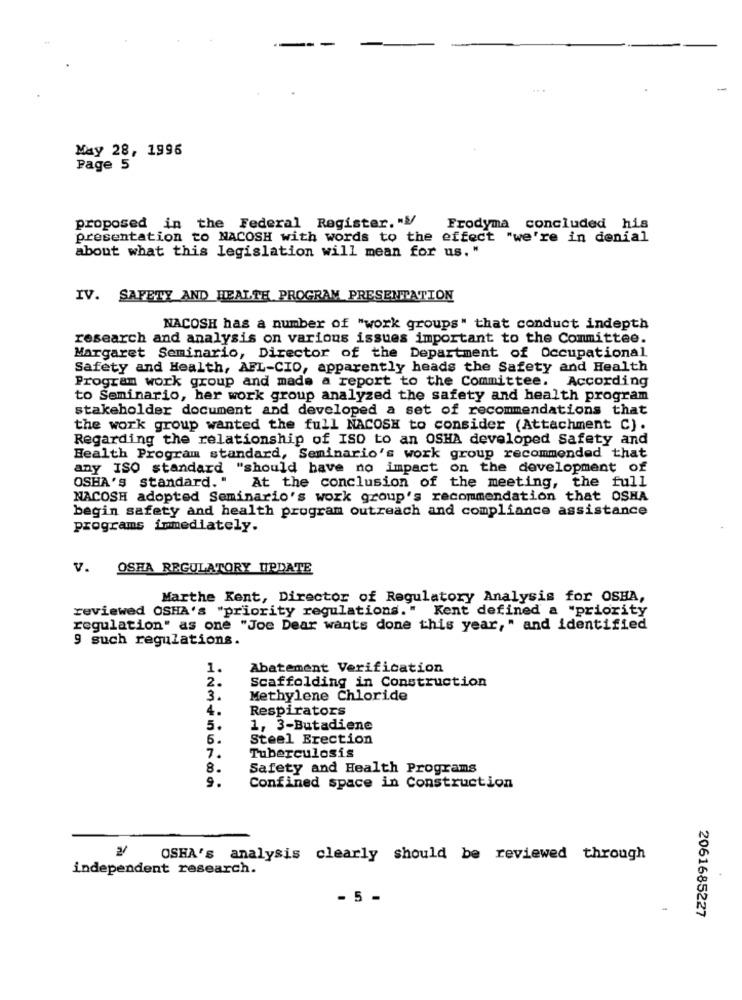
May 28, 1996
Page 5
proposed in the Federal Register. . V/
Frodyma concluded his
presentation to MACOSH with words to the effect "we're in denial
about what this legislation will mean for us. "
IV. SAFETY AND HEALTH PROGRAM PRESENTATION
NACOSH has a number of "work groups" that conduct indepth
research and analysis on various issues important to the Committee.
Margaret Seminario, Director of the Department of Occupational
Safety and Health, AFL-CIO, apparently heads the Safety and Health
Program work group and made a report to the Committee. According
to Seminario, her work group analyzed the safety and health program
stakeholder document and developed a set of recommendations that
the work group wanted the full NACOSH to consider (Attachment C).
Regarding the relationship of ISO to an OSHA developed Safety and
Health Program standard, Seminario's work group recommended that
any ISO standard "should have no impact on the development of
OSHA'S Standard. "
At the conclusion of the meeting, the full
NACOSH adopted Seminario's work group's recommendation that OSHA
begin safety and health program outreach and compliance assistance
programs immediately.
V. OSHA REGULATORY UPDATE
Marthe Kent, Director of Regulatory Analysis for OSHA,
reviewed OSHA's "priority regulations." Kent defined a "priority
regulation" as one "Joe Dear wants done this year," and identified
9 such regulations.
1.
Abatement Verification
2.
Scaffolding in Construction
3.
Methylene Chloride
4.
Respirators
5.
1, 3-Butadiene
5.
Steel Erection
7.
Tuberculosis
8.
Safety and Health Programs
9.
Confined space in Construction
2
OSHA's analysis clearly should be reviewed through
independent research.
- 5 -
2061685227